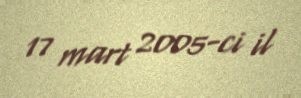
17 mart 2005-ci il